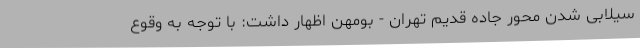
سیلابی شدن محور جاده قدیم تهران - بومهن اظهار داشت: با توجه به وقوع